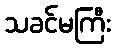
သခင်မကြီး